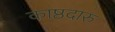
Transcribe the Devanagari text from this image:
काष्ठदारु